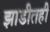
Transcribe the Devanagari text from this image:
झाडीतही